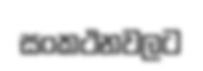
සංකථනවලට